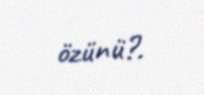
özünü?.